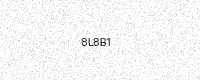
Text: 8L8B1